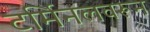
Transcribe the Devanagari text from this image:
टर्मिनलवरून